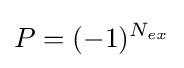
P=(-1)^{N_{ex}}